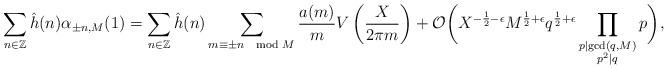
LaTeX: \begin{align*}\sum_{n \in \mathbb Z } \hat h(n) \alpha_{\pm n, M}(1)= \sum_{n \in \mathbb Z} \hat h(n) \sum_{m \equiv \pm n \mod M} \frac{a(m)}{m}V\left(\frac{ X}{2\pi m}\right) + \mathcal{O}\bigg(X^{-\frac{1}{2}-\epsilon} M^{\frac{1}{2}+\epsilon} q^{\frac{1}{2}+\epsilon} \prod_{\substack{p\mid \gcd(q, M) \\ p^2\mid q}} p \bigg), \end{align*}